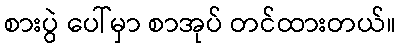
စားပွဲ ပေါ်မှာ စာအုပ် တင်ထားတယ်။